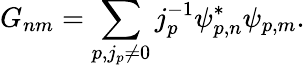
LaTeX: G_{nm}=\sum_{p,j_{p}\neq 0}j_{p}^{-1}\psi_{p,n}^{*}\psi_{p,m}.